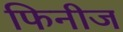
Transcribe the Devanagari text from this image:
फिनीज